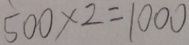
5 0 0 \times 2 = 1 0 0 0